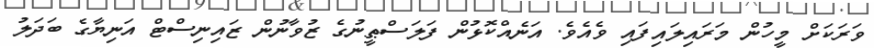
ވަރަކަށް މީހުން މަރައިލައިފައި ވެއެވެ. އަނެއްކޮޅުން ފަލަސްޠީނުގެ ޒުވާނުން ޒައިނިސްޓް އަނިޔާގެ ބަދަލު